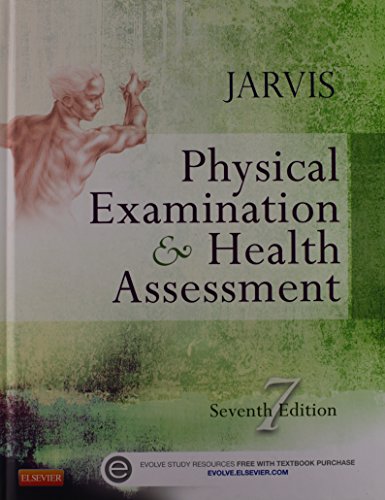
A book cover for Physical Examination and Health Assessment - Text and Physical Examination and Health Assessment Online Video Series (User Guide and Access Code) Package, 7e; Carolyn Jarvis PhD  APN  CNP; Medical Books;